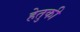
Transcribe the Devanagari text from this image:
हेतुकी